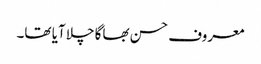
معروف حسن بھاگا چلا آیا تھا۔